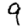
Digit: 9